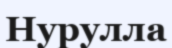
Нурулла